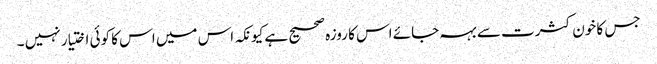
جس کا خون کثرت سے بہہ جائے اس کا روزہ صحیح ہے کیونکہ اس میں اس کا کوئی اختیار نہیں ۔